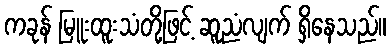
ကခုန် မြူးထူးသံတို့ဖြင့် ဆူညံလျက် ရှိနေသည်။